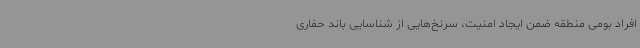
افراد بومی منطقه ضمن ایجاد امنیت، سرنخ‌هایی از شناسایی باند حفاری